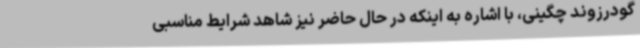
گودرزوند چگینی، با اشاره به اینکه در حال حاضر نیز شاهد شرایط مناسبی